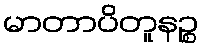
မာတာပိတူနဉ္စ